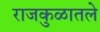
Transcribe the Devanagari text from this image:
राजकुळातले